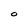
Character: 0